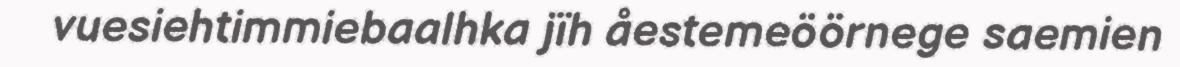
vuesiehtimmiebaalhka jïh åestemeöörnege saemien